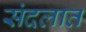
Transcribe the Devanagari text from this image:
संदलात